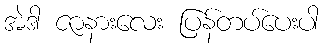
အဲဒါ ဇာနားလေး ပြန်တပ်ပေးပါ